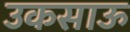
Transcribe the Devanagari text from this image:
उकसाऊ